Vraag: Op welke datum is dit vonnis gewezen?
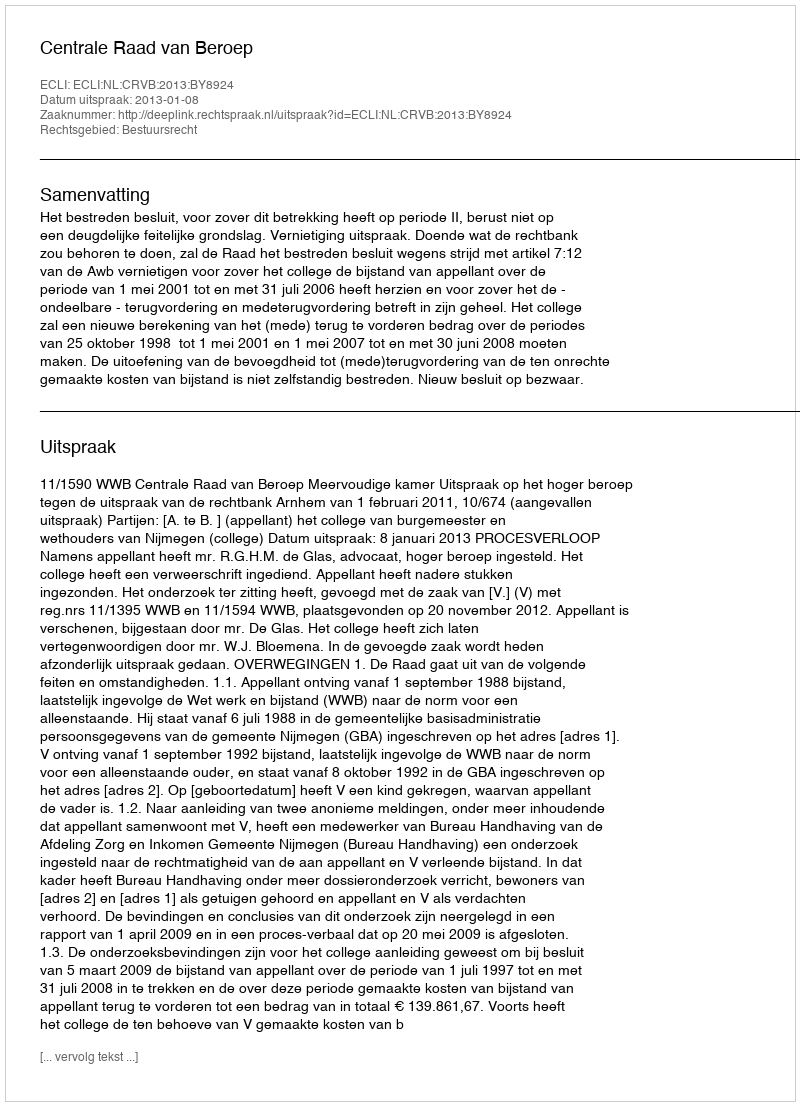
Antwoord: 2013-01-08